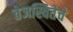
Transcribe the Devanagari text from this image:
तेजस्वितेचे